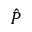
\hat { P }